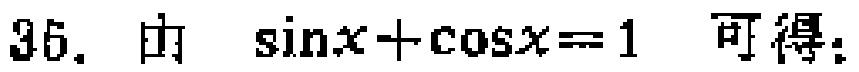
$36. \ 由\ \sin x+\cos x = 1\ 可得：$